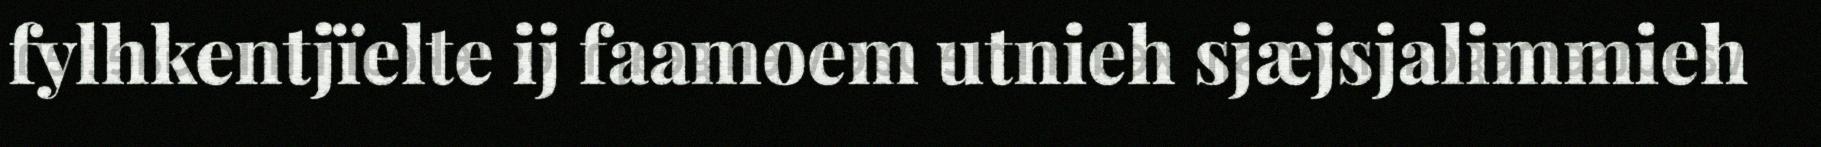
fylhkentjïelte ij faamoem utnieh sjæjsjalimmieh